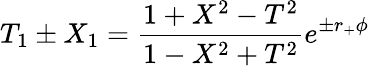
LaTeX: T_{1}\pm X_{1}={\frac{1+X^{2}-T^{2}}{1-X^{2}+T^{2}}}e^{\pm r_{+}\phi}